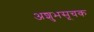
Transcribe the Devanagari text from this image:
अशुभसूचक